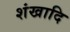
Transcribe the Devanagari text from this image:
शंखादि